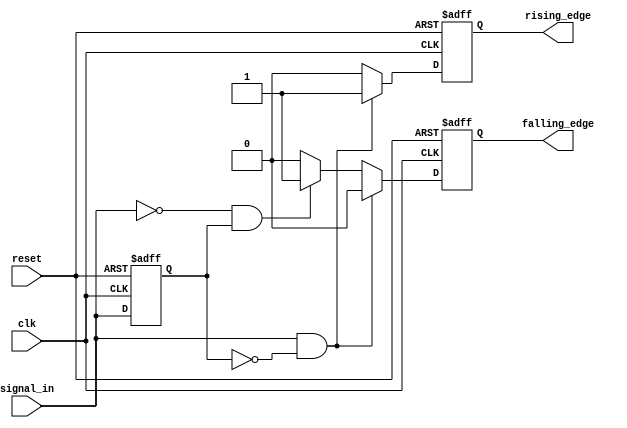
module dual_edge_detector (
    input wire clk,            // Clock signal
    input wire reset,          // Asynchronous reset signal
    input wire signal_in,      // Input signal to detect edges
    output reg rising_edge,    // Output pulse for rising edge detection
    output reg falling_edge     // Output pulse for falling edge detection
);

    reg signal_in_prev;        // Memory block to store previous state of signal_in

    // Sequential logic to store the previous state of signal_in
    always @(posedge clk or posedge reset) begin
        if (reset) begin
            signal_in_prev <= 1'b0; // Reset previous state to low
            rising_edge <= 1'b0;     // Reset rising edge output
            falling_edge <= 1'b0;    // Reset falling edge output
        end else begin
            signal_in_prev <= signal_in; // Store current state of signal_in
            rising_edge <= 1'b0;          // Default to low
            falling_edge <= 1'b0;         // Default to low
            
            // Edge detection logic
            if (signal_in && !signal_in_prev) begin
                rising_edge <= 1'b1; // Rising edge detected
            end else if (!signal_in && signal_in_prev) begin
                falling_edge <= 1'b1; // Falling edge detected
            end
        end
    end

endmodule